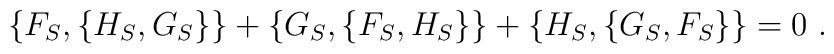
\{F_S,\{H_S,G_S\}\}+\{G_S,\{F_S,H_S\}\}+\{H_S,\{G_S,F_S\}\}=0 \ .